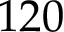
1 2 0